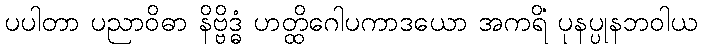
ပပါတာ ပညာဝိဓာ နိဗ္ဗိဒ္ဓံ ဟတ္ထိဂေါပကာဒယော အကရိံ ပုနပ္ပုနဘဝါယ